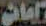
تلمان